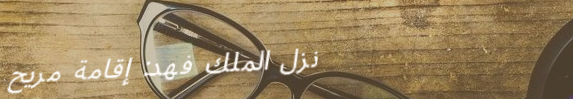
نزل الملك فهد: إقامة مريح